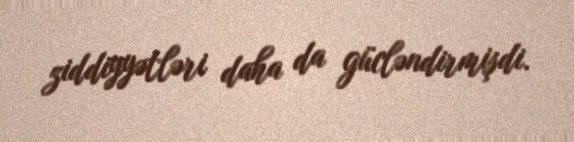
ziddiyyətləri daha da gücləndirmişdi.